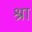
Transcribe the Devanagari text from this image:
श्रा